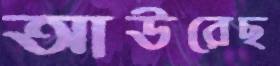
আউরেছ